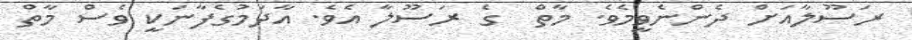
ރަސޫލާއަށް ދެންނެވީމެވެ. މާތް  ގެ ރަސޫލާ އެވެ. އާދަމުގެފާނަކީ ވެސް މާތް